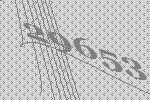
29653